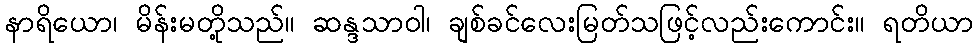
နာရိယော၊ မိန်းမတို့သည်။ ဆန္ဒသာဝါ၊ ချစ်ခင်လေးမြတ်သဖြင့်လည်းကောင်း။ ရတိယာ